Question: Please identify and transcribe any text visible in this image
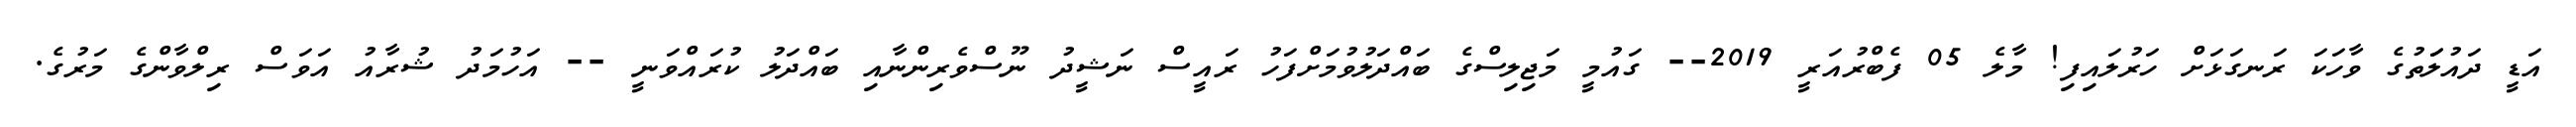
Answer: އަޑީ ދައުލަަތުގެ ވާހަކަ ރަނގަޅަށް ހަރުލައިފި! މާލެ 05 ފެބްރުއަރީ 2019-- ގައުމީ މަޖިލިސްގެ ބައްދަލުވުމަށްފަހު ރައީސް ނަޝީދު ނޫސްވެރިންނާއި ބައްދަލު ކުރައްވަނީ -- އަހުމަދު ޝުރާއު އަވަސް ރިލްވާންގެ މަރުގެ.